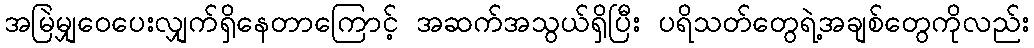
အမြဲမျှဝေပေးလျှက်ရှိနေတာကြောင့် အဆက်အသွယ်ရှိပြီး ပရိသတ်တွေရဲ့အချစ်တွေကိုလည်း